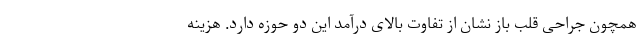
همچون جراحی قلب باز نشان از تفاوت بالای درآمد این دو حوزه دارد. هزینه